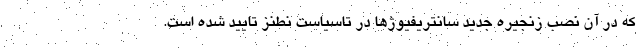
که در آن نصب زنجیره جدید سانتریفیوژها در تاسیاست نطنز تایید شده است.